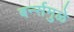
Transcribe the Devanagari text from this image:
बर्न्समुळे